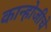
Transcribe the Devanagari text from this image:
कान्होजीचे